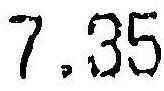
7.35